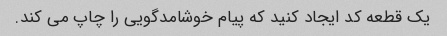
یک قطعه کد ایجاد کنید که پیام خوشامدگویی را چاپ می کند.